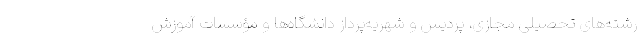
رشته‌های تحصیلی مجازی، پردیس و شهریه‌پرداز دانشگاه‌ها و مؤسسات آموزش